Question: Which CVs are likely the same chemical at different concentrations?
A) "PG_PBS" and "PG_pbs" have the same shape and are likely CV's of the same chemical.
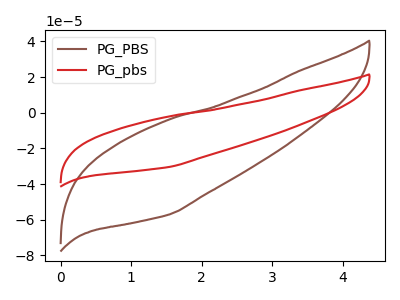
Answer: <think>The brown curve "PG_PBS" has no peaks. The red curve "PG_pbs" has no peaks.
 Neither "PG_PBS" or "PG_pbs" have any peaks.</think>
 <answer>A) "PG_PBS" and "PG_pbs" have the same shape and are likely CV's of the same chemical.</answer>
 <eval>A</eval>